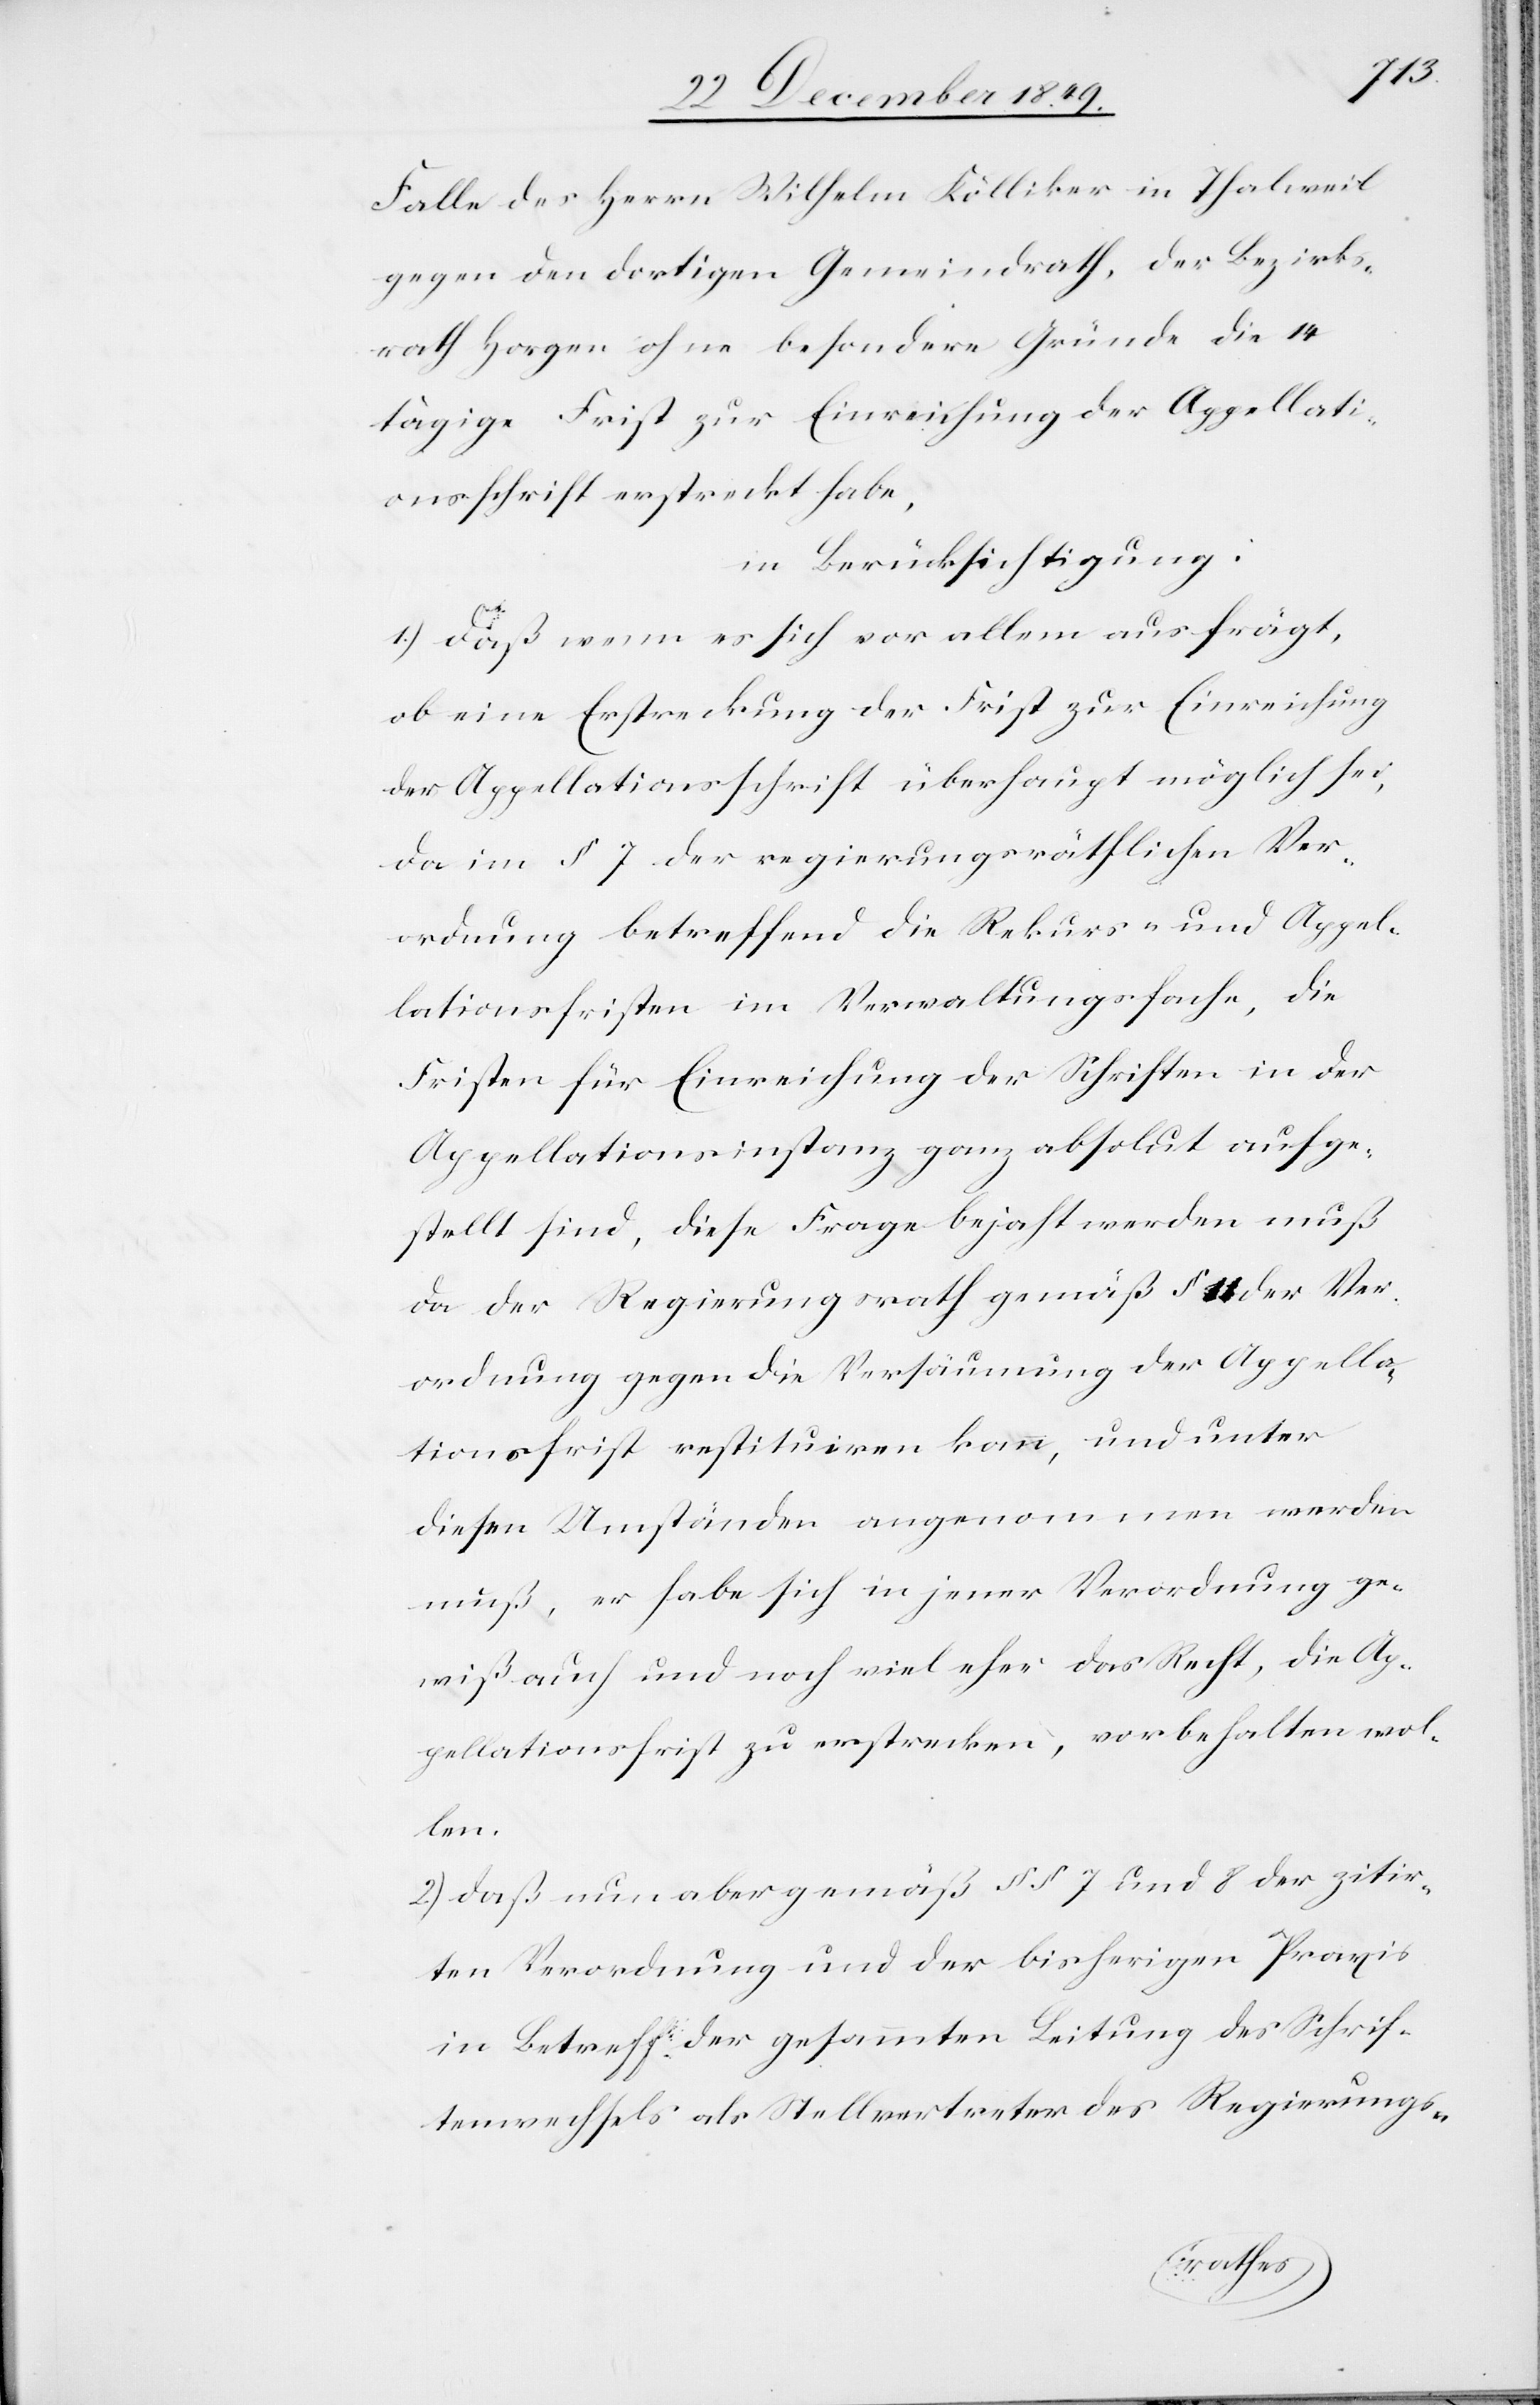
Falle des Herrn Wilhelm Kölliker in Thalweil
gegen den dortigen Gemeindrath, der Bezirks¬
rath Horgen ohne besondere Gründe die 14
tägige Frist zur Einreichung der Appellati¬
onsschrift erstreckt habe,
in Berücksichtigung:
1.) daß wenn es sich vor allem ausfrägt,
ob eine Erstreckung der Frist zur Einreichung
der Appellationsschrift überhaupt möglich sei,
da im § 7 der regierungsräthlichen Ver¬
ordnung betreffend die Rekurs- und Appel¬
lationsfristen im Verwaltungsfache, die
Fristen für Einreichung der Schriften in der
Appellationsinstanz ganz absolut aufge¬
stellt sind, diese Frage bejaht werden muß
da der Regierungsrath gemäß § 11 der Ver¬
ordnung gegen die Versäumung der Appella¬
tionsfrist restituiren kann, und unter
diesen Umständen angenommen werden
muß, er habe sich in jener Verordnung ge¬
wiß auch und noch viel eher das Recht, die Ap¬
pellationsfrist zu erstrecken, vorbehalten wol¬
len.
2.) daß nun aber gemäß §§ 7 und 8 der zitir¬
ten Verordnung und der bisherigen Praxis
in Betreff der gesammten Leitung des Schrif¬
tenwechsels als Stellvertreter des Regierungs-